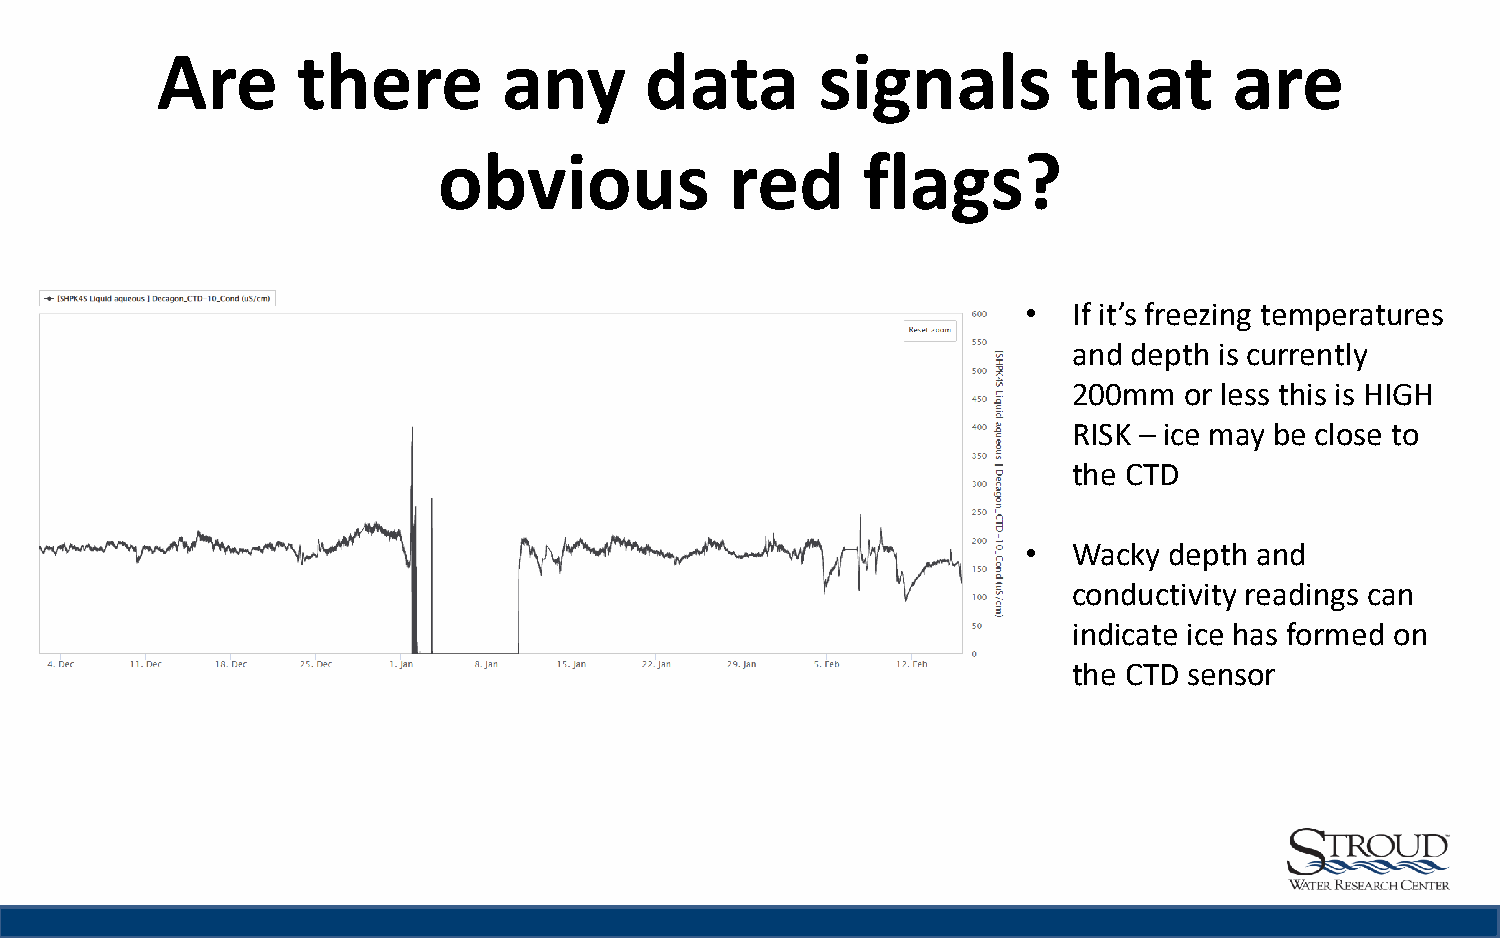
Are       there        any       data       signals          that       are
 obvious            red      flags?
 •  If it’s freezing temperatures
 and depth is currently
 200mm  or less this is HIGH
 RISK – ice may be close to
 the CTD
 •  Wacky depth and
 conductivity readings can
 indicate ice has formed on
 the CTD sensor